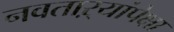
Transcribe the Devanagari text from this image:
नवताऱ्यांपेक्षा